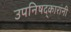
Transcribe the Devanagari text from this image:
उपनिषद्‌कारांनी